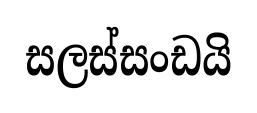
සලස්සංඩයි